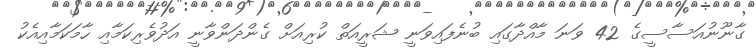
ގާނޫނުއަސާސީގެ 42 ވަނަ މާއްދާގަައި ބުނެފައިވަނީ ޝަރީއަތް ކުރިއަށް ގެންދަންވާނީ އަދުވެރިކަމާއި ހާމަކަމާއިއެކު